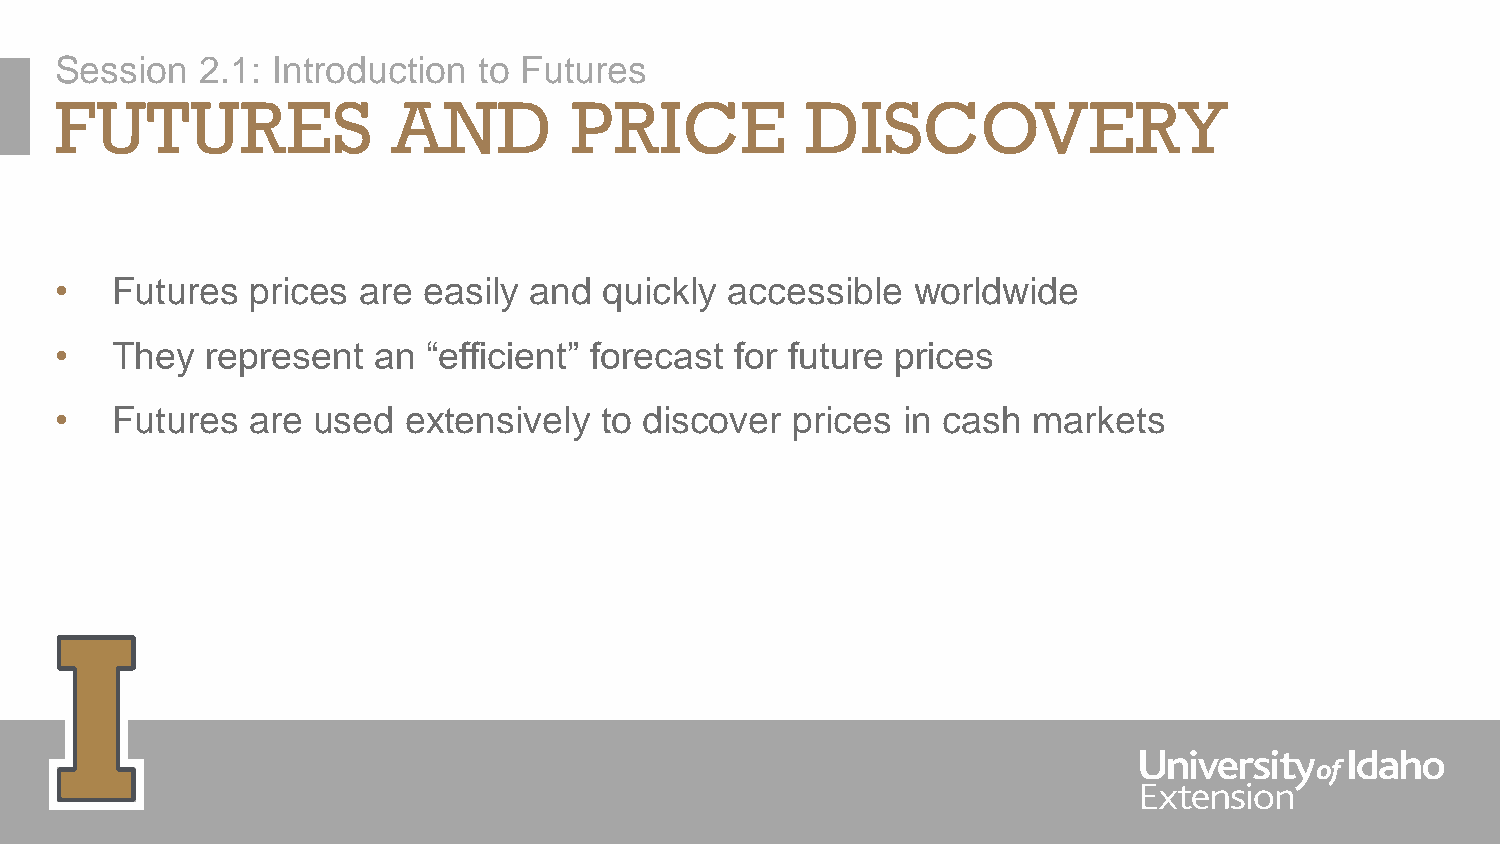
Session  2.1: Introduction  to Futures
 FUTURES               AND         PRICE          DISCOVERY
 •  Futures  prices  are easily and  quickly accessible  worldwide
 •  They   represent  an “efficient” forecast for future prices
 •  Futures  are  used  extensively  to discover prices  in cash markets